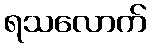
ရသလောက်